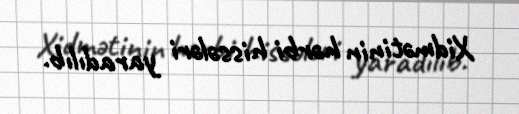
Xidmətinin hərbi hissələri yaradılıb.